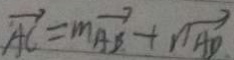
\overrightarrow { A C } = m \overrightarrow { A B } + n \overrightarrow { A D }